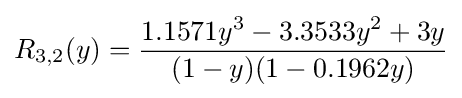
R_{3,2}(y)={\frac {1.1571y^{3}-3.3533y^{2}+3y}{(1-y)(1-0.1962y)}}